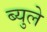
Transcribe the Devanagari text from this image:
ब्युले